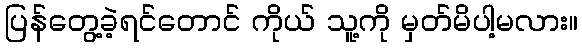
ပြန်တွေ့ခဲ့ရင်တောင် ကိုယ် သူ့ကို မှတ်မိပါ့မလား။